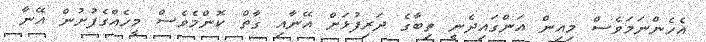
އެހެންނަމަވެސް މިއިން އަންގައިދެނީ ތިބާގެ ދަރިފުޅަށް އޭނާއި ގާތް ކޮންމެވެސް މީހެއްގެފުށުން އޭނާ